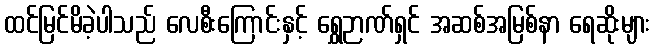
ထင်မြင်မိခဲ့ပါသည် လေစီးကြောင်းနှင့် ရွှေဉာဏ်ရှင် အဆစ်အမြစ်နာ ရေဆိုးများ